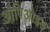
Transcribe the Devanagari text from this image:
औपिओइड